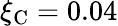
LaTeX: \xi_{\mathrm{C}}=0.04